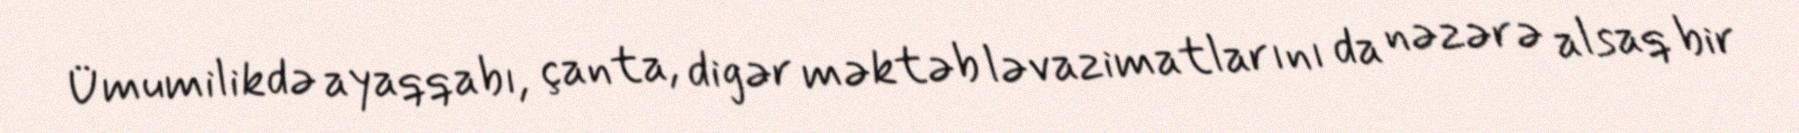
Ümumilikdə ayaqqabı, çanta, digər məktəb ləvazimatlarını da nəzərə alsaq bir